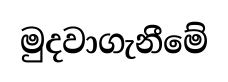
මුදවාගැනීමේ